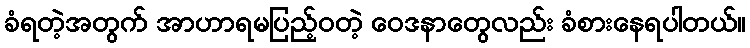
ခံရတဲ့အတွက် အာဟာရမပြည့်ဝတဲ့ ဝေဒနာတွေလည်း ခံစားနေရပါတယ်။